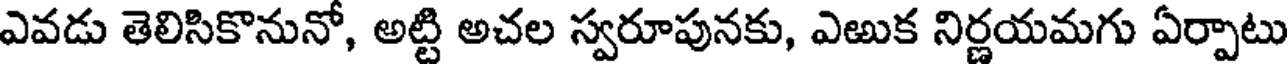
ఎవడు తెలిసికొనునో, అట్టి అచల స్వరూపునకు, ఎఱుక నిర్ణయమగు ఏర్పాటు